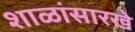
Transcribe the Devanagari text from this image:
शाळांसारखे